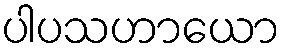
ပါပသဟာယော